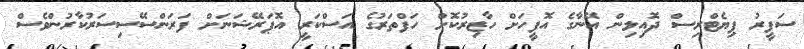
ސަފީރު ޕިޔެޓްރިސް ދޮއިލިން އޭނާގެ އޮފީހަށް ހާޒިރުކޮށް ހަފްތަރުގެ އަސްކަރީ އޮޕަރޭޝަނަށް ފަރަންސޭސިސަރުކާރުންވެސް